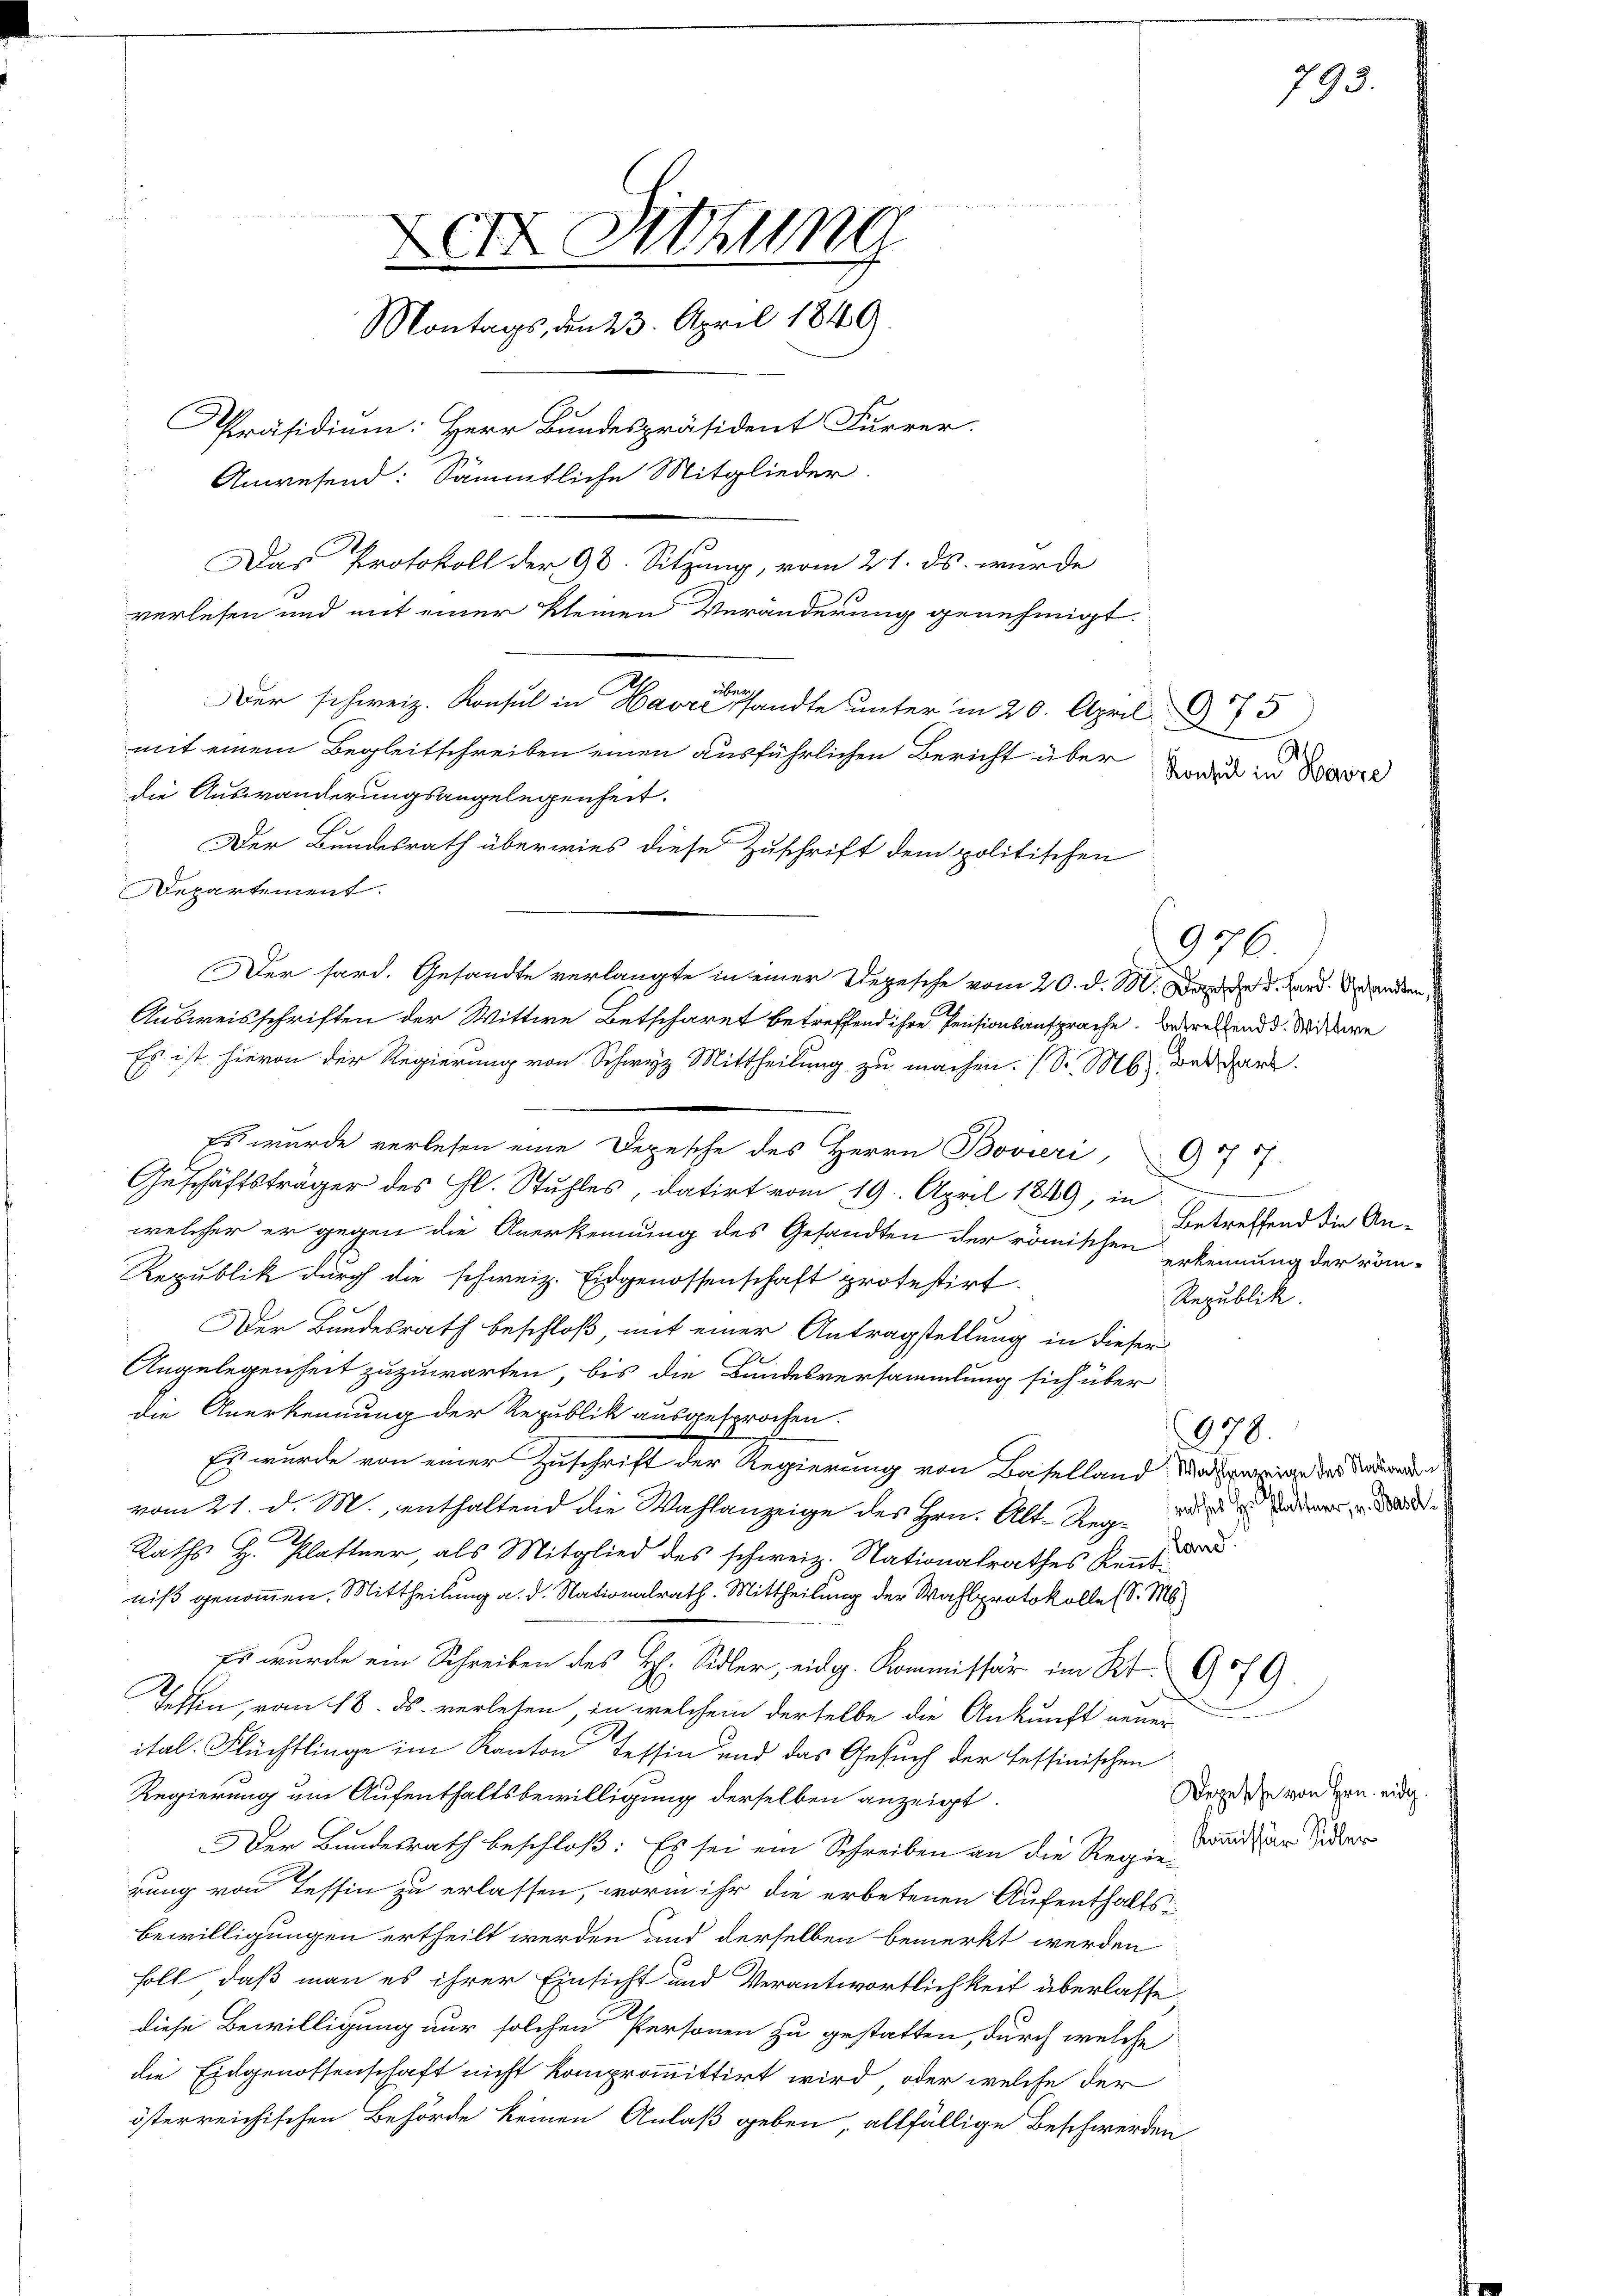
et Sitzung
Montags, den 23. April 1849.
Präsidium: Herr Bundespräsident Furrer.
Anwesend: Sämmtliche Mitglieder.
G.
Das Protokoll der 98. Sitzung, vom 21. ds. wurde

mit einem Begleitschreiben einen ausführlichen Bericht über
die Auswanderungsangelegenheit.
Der Bundesrath überwies diese Zuschrift dem politischen
Departement.
Es ist hievon der Regierung von Schwyz Mittheilung zu machen. (S. M., der Her
Es wurde verlesen eine Depesche des Herrn Bovieri
Geschäftsträger des Hl. Stuhles, datirt vom 19. April 1849, in
welcher er gegen die Anerkennung des Gesandten der römischen Erkennung der röm-
Republik durch die schweiz. Eidgenossenschaft protestirt.
Der Bundesrath beschloß, mit einer Antragstellung in dieser
Ungelegenheit zuzuwarten, bis die Bundesversammlung sich über
die Anerkennung der Republik ausgesprochen.
Es wurde von einer Zuschrift der Regierung von Baselland unterweige der de
vom 21. d. M., enthaltend die Wahlanzeige des Hrn. Alt-Reg. wurde deder zu d
Lane
Raths H. Plattner, als Mitglied des schweiz. Nationalrathes Kenntniß genommen. Mittheilung a. d. Nationalrath. Mittheilung der Wahlprotokolle (S. M.
Es wurde ein Schreiben des H: Sidler, eidg. Kommissär im Kt. 9079
Tessin, vom 18. ds. verlesen, in welchem derselbe die Ankunft gener-
ital. Flüchtlinge im Kanton Tessin und das Gesuch der fessinischen
Regierung um Aufenthaltsbewilligung derselben anzeigt.
Der Bundesrath beschloß: Es sei ein Schreiben an die Regie-
rung von Tessin zu erlassen, worin ihr die erbetenen Aufenthalts-
Bewilligungen ertheilt werden und derselben bemerkt werden
holt, daß man es ihrer Einsicht und Verantwortlichkeit überlasse,
diese Bewilligung nur solchen Personen zu gestatten, durch welche
die Eidgenossenschaft nicht komprommittirt wird, oder welche der
österreichischen Behörde keinen Anlaß geben, allfällige Beschwerden

verlesen und mit einer kleinen Veränderung genehmigt
über
Der schweiz. Konsul in Havre sandte unter in 20. April 175

Der hard. Gesandte verlangte in einer Depesche vom 20. d. M. Der der d. Hand. anden
Ausweisschriften der Wittwe Betschäret betreffend ihre Pensionsansprache. Anderen und d. Meiere

Konsul in Beze

9576.

Betreffend die An¬
Republik.

078.

793.

Depesche von Hrn. eidg.
Kommissär Sidler